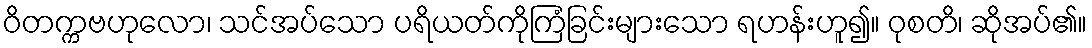
ဝိတက္ကဗဟုလော၊ သင်အပ်သော ပရိယတ်ကိုကြံခြင်းများသော ရဟန်းဟူ၍။ ဝုစတိ၊ ဆိုအပ်၏။